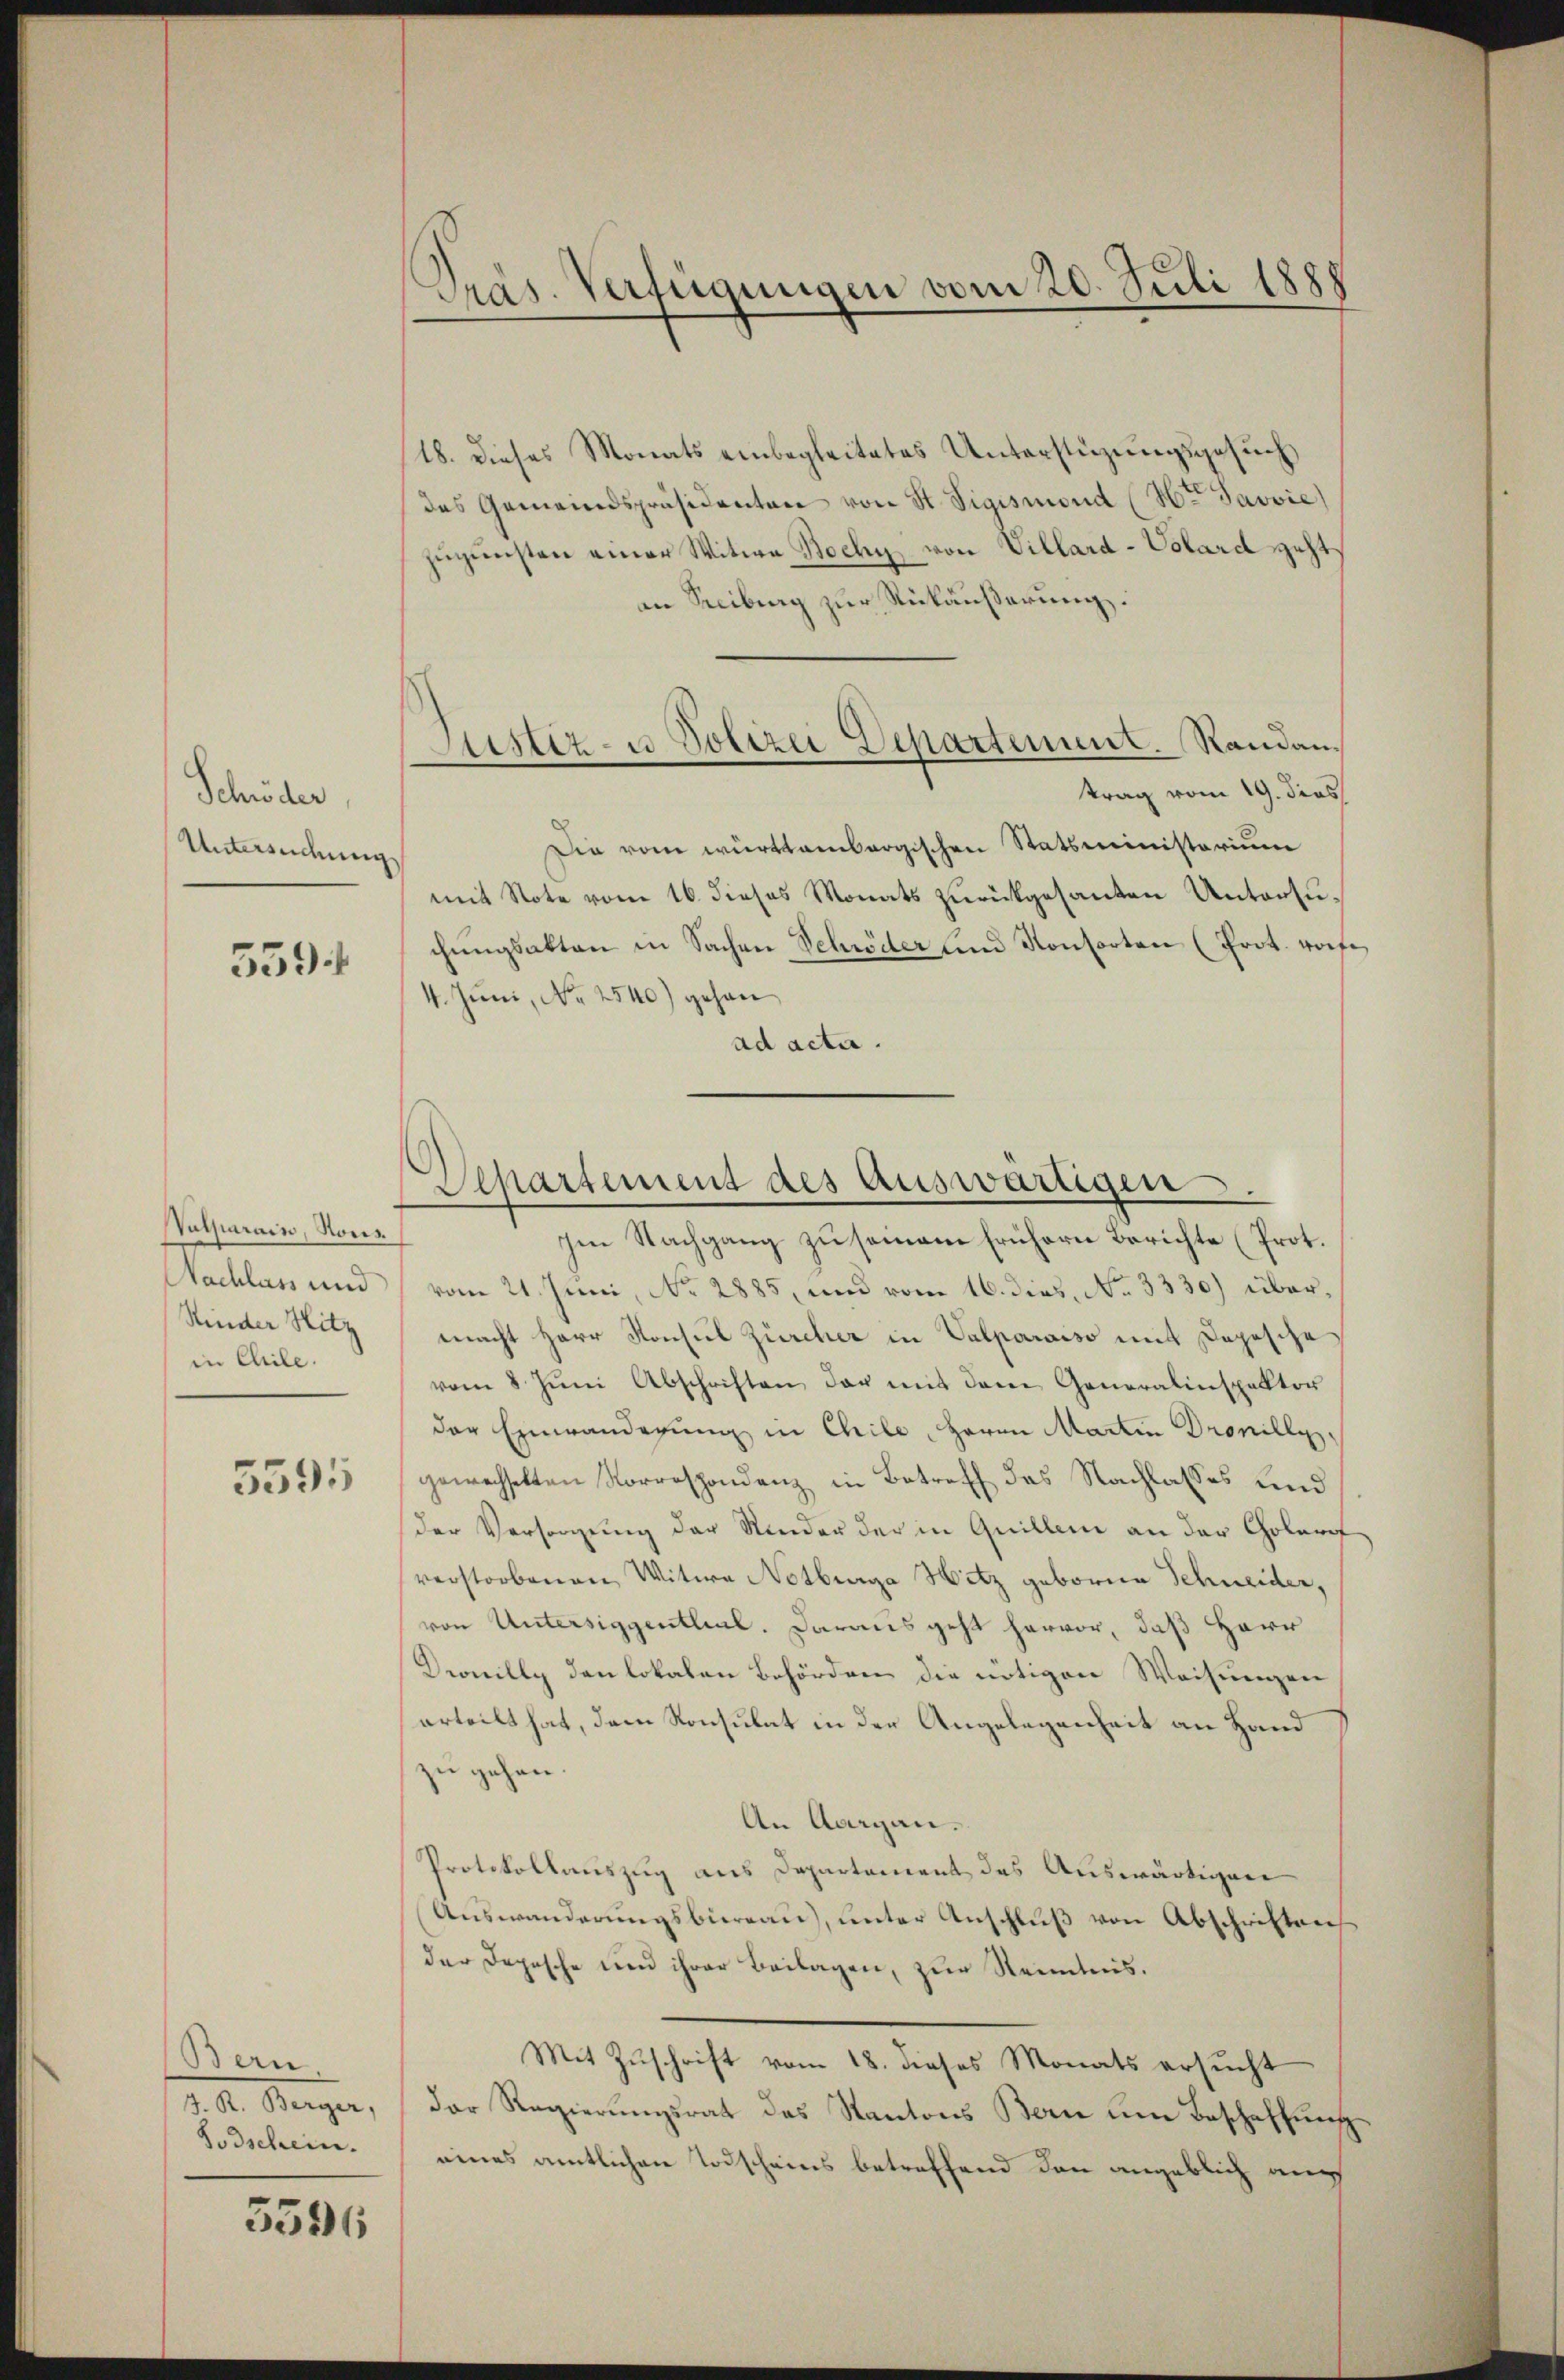
Schröder
Untersuchung

559

Valparain, Nonn
Kinder Hitz
in Chile.

5595

Bern
Todschein.

5591

18. dieses Monats einbegleitetes Unterstüzungsgesuch
das Gemeindspräsidenten von St. Sigismond (Hr. Javvie)
zugunsten einer Witwe Bochy von Villard-Volard geht
an Seciburg zur Rückäußerung.
trag vom 19. dies
Die vom württembergischen Statsministerium
mit Note vom 16. dieses Monats zurückgesanten Untersuchŭngsakten in Sachen Schröder und Konsorten (Prot. Wofe
4. Juni, No 2540) gehan
ad acta.

Präs. Verfügungen vom 20. Juli 1888

Justiz- u Polizei Departement. Randan¬

Nachlass und vom 21. Juni, No 2885, und vom 16. dies, No 3330) übermacht Herr Konsul Zürcher in Valparaiso mit Dopische
vom 8. Jŭni Abschriften der mit dem Generalinspektor
der Einwanderung in Chile, Herrn Martin Dronilly,
gewechselten Korrespondenz in Betreff das Nachlasses und
der Versorgung der Kinder der in Quillen an der Golare
verstorbenen Witwe Notburga Hitz geborne Schneider,
von Untersiggenthal. Darausgeht hervor, daß Herr
Drouilly den lokalen Behörden die nötigen Weisungen
erteilt hat, dem Konsulat in der Angelegenheit an Hand
zu gehen.
An Aargau.
Protokollauszug aus Departement des Auswärtigen
Auswanderungsbiereau, unter Anschluß von Abschriftens
der Depesche und ihrer Beilagen, zur Kenntnis.
Mit Zŭschrift vom 18. dieses Monats ersŭcht
J. R. Berger,  Der Regierungsrat des Kantons Bern um Beschaffung
eines amtlichen Todscheins betreffend den angeblich auch

Separtement des Auswärtigen.
Ien Nachgang zu seinem frühern Berichte (Prot.